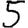
Digit: 5